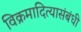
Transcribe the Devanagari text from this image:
विक्रमादित्यासंबंधी